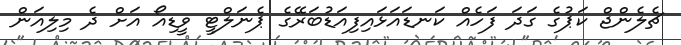
ޗެލެންޖް ކަޕުގެ ގަދަ ފަހެއް ކަނޑައަޅައިފިއަޑުބަރޭގެ ޕެނަލްޓީ ވީޑިއޯ އަށް ދެ މިލިއަން